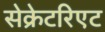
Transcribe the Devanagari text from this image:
सेक्रेटरिएट